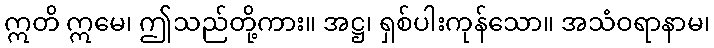
ဣတိ ဣမေ၊ ဤသည်တို့ကား။ အဋ္ဌ၊ ရှစ်ပါးကုန်သော။ အသံဝရာနာမ၊